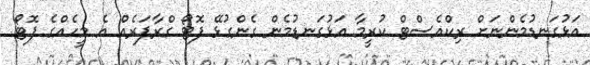
އަޅުގަނޑުމެންނަށް ރިކްއެސްޓް ކުރީމާ އަޅުގަނޑުމެން ގެންގުޅޭ ފޮޓޯ ގްރާފަރެއް އެ މީހެއްގެ ފޮޓޯ